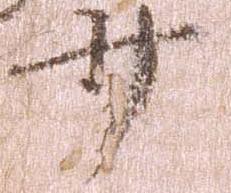
少